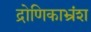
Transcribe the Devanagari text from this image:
द्रोणिकाभ्रंश